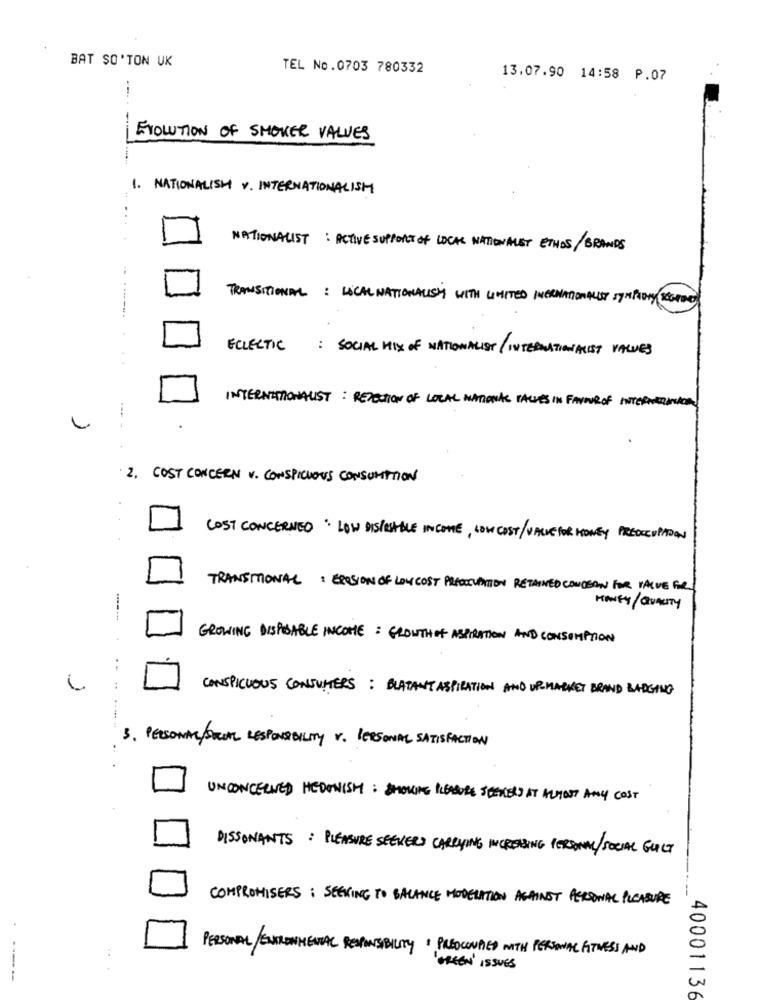
BAT SO'TON UK
TEL No.0703 780332
13.07.90 14:58 P.07
----
EVOLUTION OF SMOKER VALUES
1. NATIONALISM V. INTERNATIONALISH
...
NATIONALIST : ACTIVE SUPPORT OF LOCAL NATIONALET ETHOS/BRANDS
TRANSITIONAL : LOCAL NATIONALISM WITH LIMITED INERNATIONALIST SYMPATHY RESPECT
ECLECTIC
: SOCIAL MIX OF NATIONALIST / INTERNATIONALIST VALUES
INTERNATIONALIST : REJECTION OF LOCAL NATIONAL TALVES IN FAVOUR OF INTERNETINTO
2. COST CONCERN V. CONSPICUOUS CONSUMPTION
COST CONCERNED LOW DISPOSABLE INCOME, LOW COST/VALUEFOR MONEY PREOCCUPATOON
TRANSITIONAL : EROSION OF LOW COST PREOCCUPATION RETAINED CONCERN FOR TALVE FOR
MANEY/ QUALITY
GROWING DISPOSABLE INCOME : GROWTH OF ASPIRATION AND CONSUMPTION
CONSPICUOUS CONSUMERS : BLATANT ASPIRATION AND UP-MARKET BRAND BADGING
3. PERSONAL SOCIAL RESPONSIBILITY V. PERSONAL SATISFACTION
UNCONCERNED HEDONISM : SMOKING PLEASURE SEEKERS AT ALMOST ANY COST
DISSONANTS : PLEASURE SEEKERS CARRYING INCREASING PERSONAL/SOCIAL GUILT
COMPROMISERS : SEEKING TO BALANCE MODERATION AGAINST PERSONAL PLEASURE
PERSONAL/ENTRONMENTAL RESPONSIBILITY I PREOCCUPIED WITH PERSONAL FITNESS AND
'GREEN' ISSUES
40001136